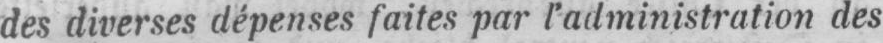
des diverses dépenses faites par l’administration des